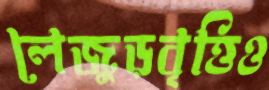
লেজুড়বৃত্তিও